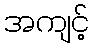
အကျင့်